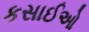
કસાઈઓ